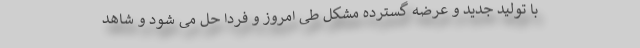
با تولید جدید و عرضه گسترده مشکل طی امروز و فردا حل می شود و شاهد